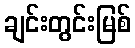
ချင်းတွင်းမြစ်